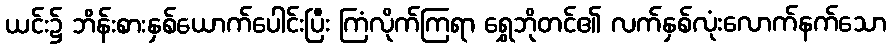
ယင်း၌ ဘိန်းစားနှစ်ယောက်ပေါင်းပြီး ကြံလိုက်ကြရာ ရွှေဘိုတင်၏ လက်နှစ်လုံးလောက်နက်သော